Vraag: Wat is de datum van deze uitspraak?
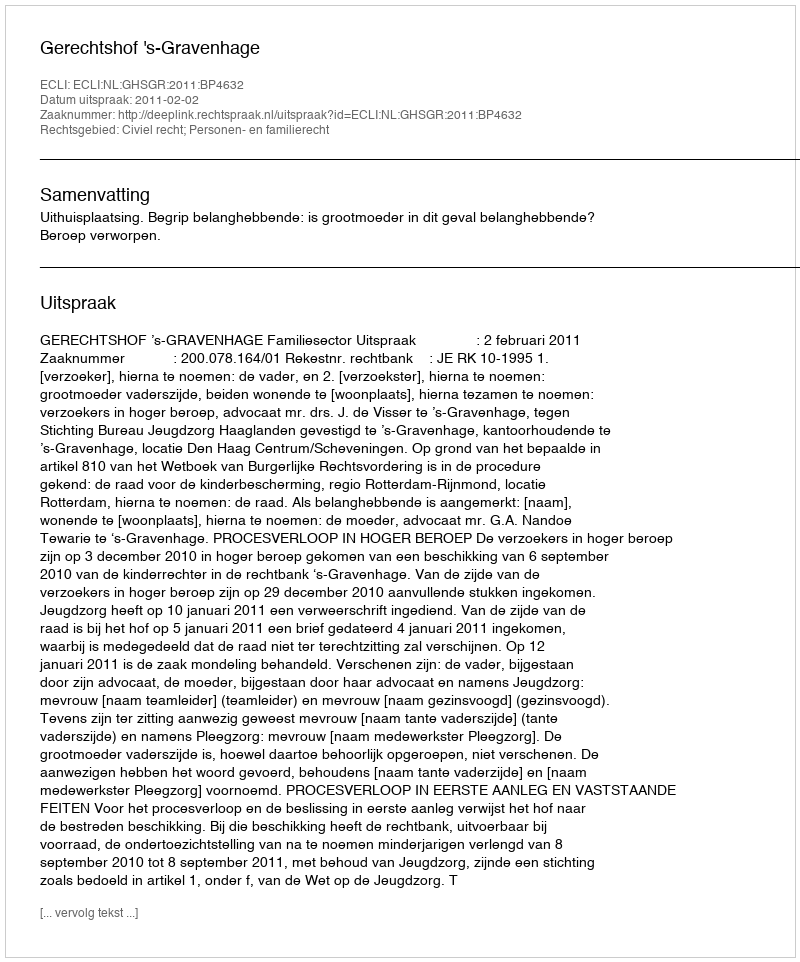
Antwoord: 2011-02-02